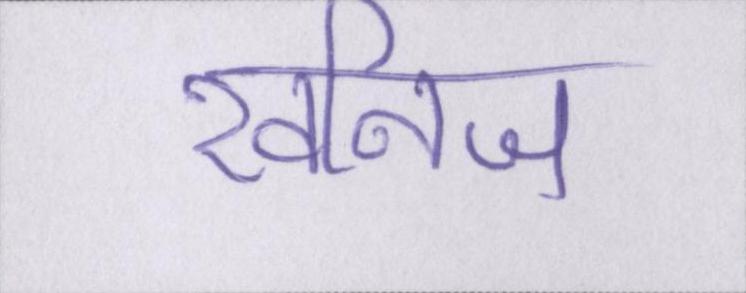
खनिज